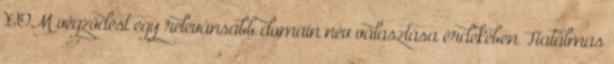
.COM végződést egy relevánsabb domain név választása érdekében Hatalmas